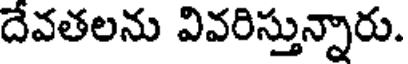
దేవతలను వివరిస్తున్నారు.